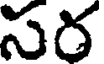
సర